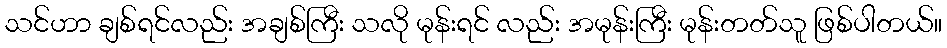
သင်ဟာ ချစ်ရင်လည်း အချစ်ကြီး သလို မုန်းရင် လည်း အမုန်းကြီး မုန်းတတ်သူ ဖြစ်ပါတယ်။